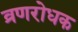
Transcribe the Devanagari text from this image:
व्रणरोधक